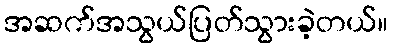
အဆက်အသွယ်ပြတ်သွားခဲ့တယ်။